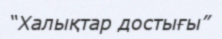
“Халықтар достығы”